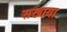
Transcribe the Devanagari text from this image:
सखाया